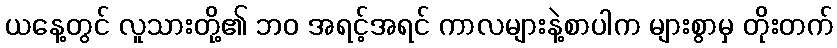
ယနေ့တွင် လူသားတို့၏ ဘဝ အရင့်အရင် ကာလများနဲ့စာပါက များစွာမှ တိုးတက်